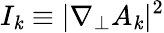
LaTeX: I_{\mathit{k}}\equiv\lvert\nabla_{\perp}A_{\mathit{k}}\rvert^{2}